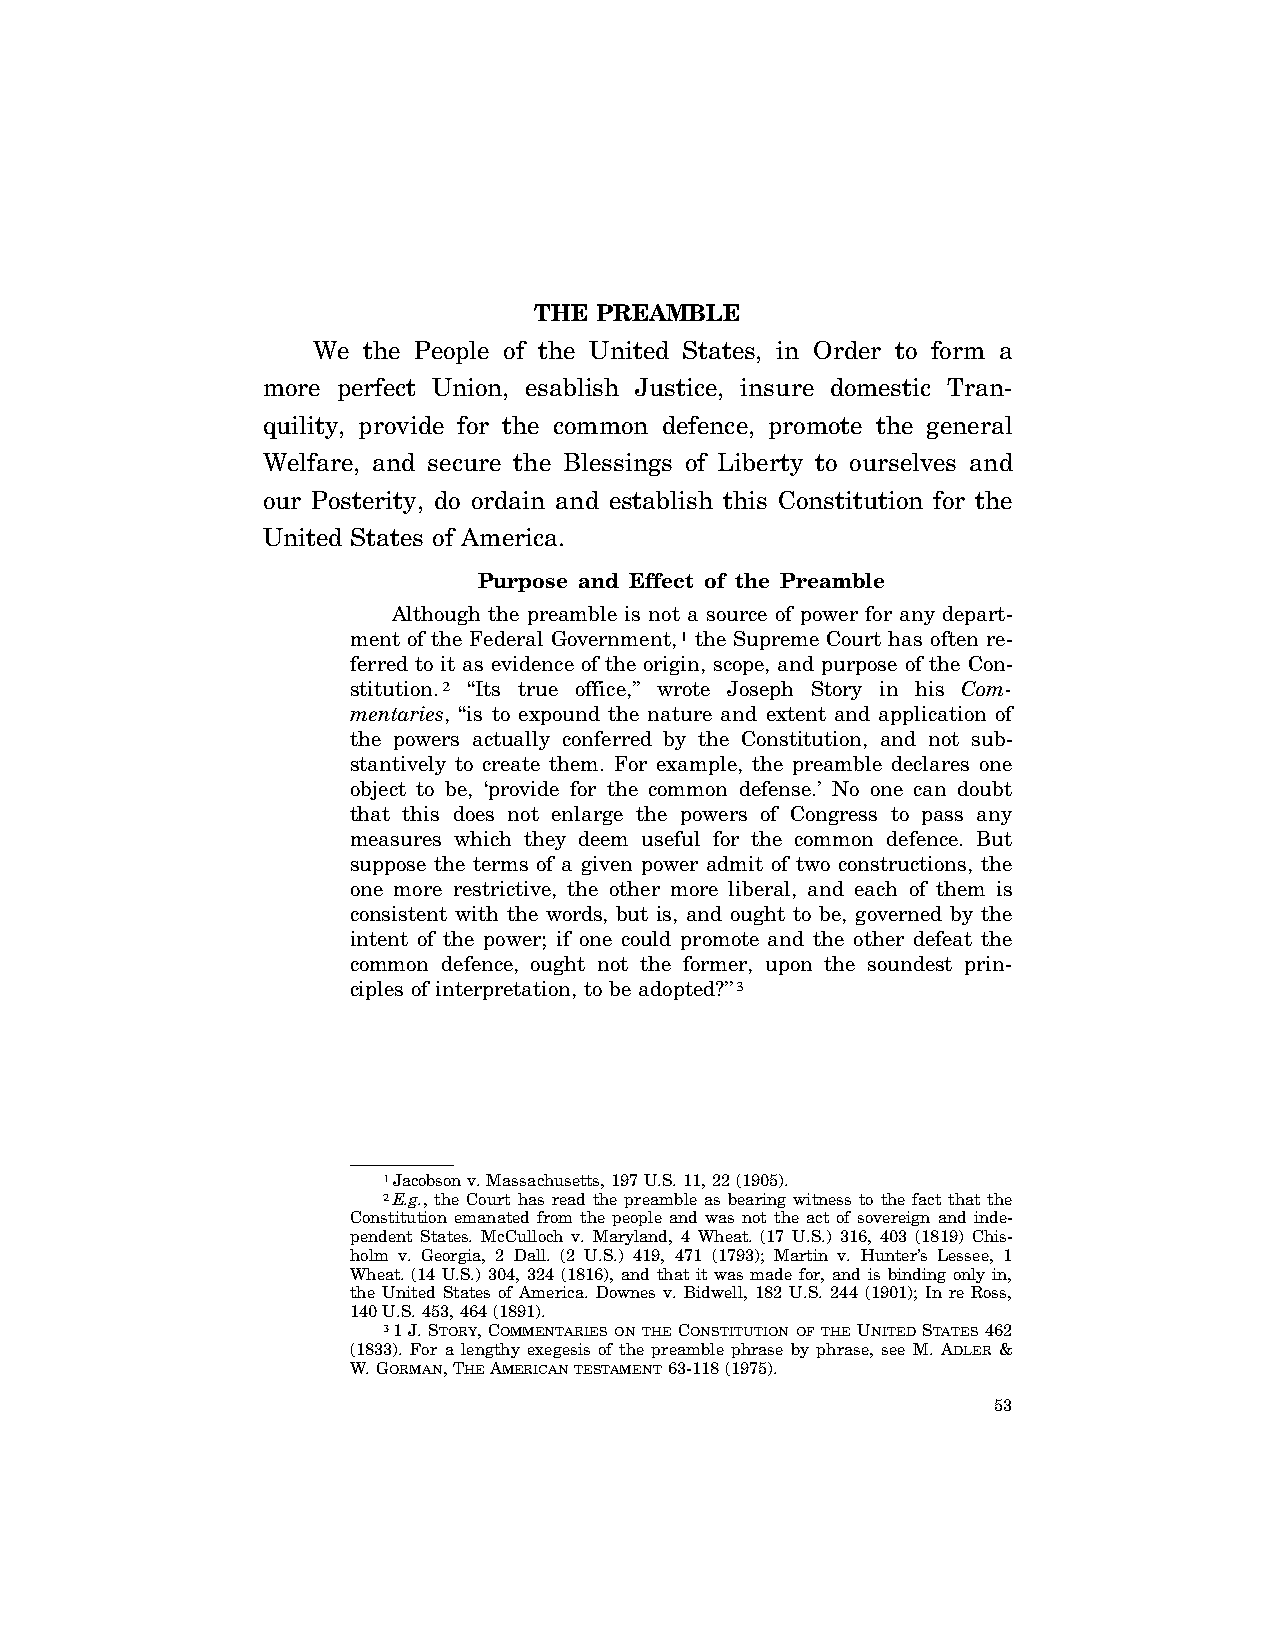
THE PREAMBLE
 We the People of the United States, in Order to form a
 more perfect Union, esablish Justice, insure domestic Tran-
 quility, provide for the common defence, promote the general
 Welfare, and secure the Blessings of Liberty to ourselves and
 our Posterity, do ordain and establish this Constitution for the
 United States of America.
 Purpose and Effect of the Preamble
 Although the preamble is not a source of power for any depart-
 ment of the Federal Government,1 the Supreme Court has often re-
 ferred to it as evidence of the origin, scope, and purpose of the Con-
 stitution.2 ‘‘Its true office,’’ wrote Joseph Story in his Com-
 mentaries, ‘‘is to expound the nature and extent and application of
 the powers actually conferred by the Constitution, and not sub-
 stantively to create them. For example, the preamble declares one
 object to be, ‘provide for the common defense.’ No one can doubt
 that this does not enlarge the powers of Congress to pass any
 measures which they deem useful for the common defence. But
 suppose the terms of a given power admit of two constructions, the
 one more restrictive, the other more liberal, and each of them is
 consistent with the words, but is, and ought to be, governed by the
 intent of the power; if one could promote and the other defeat the
 common defence, ought not the former, upon the soundest prin-
 ciples of interpretation, to be adopted?’’3
 1Jacobson v. Massachusetts, 197 U.S. 11, 22 (1905).
 2E.g., the Court has read the preamble as bearing witness to the fact that the
 Constitution emanated from the people and was not the act of sovereign and inde-
 pendent States. McCulloch v. Maryland, 4 Wheat. (17 U.S.) 316, 403 (1819) Chis-
 holm v. Georgia, 2 Dall. (2 U.S.) 419, 471 (1793); Martin v. Hunter’s Lessee, 1
 Wheat. (14 U.S.) 304, 324 (1816), and that it was made for, and is binding only in,
 the United States of America. Downes v. Bidwell, 182 U.S. 244 (1901); In re Ross,
 140 U.S. 453, 464 (1891).
 31 J. STORY, COMMENTARIES ON THE CONSTITUTION OF THE UNITED STATES 462
 (1833). For a lengthy exegesis of the preamble phrase by phrase, see M. ADLER &
 W. GORMAN, THEAMERICANTESTAMENT63-118 (1975).
 53
 VerDate Apr<14>2004 11:23 Apr 14, 2004 Jkt 077500 PO 00000 Frm 00001 Fmt 8222 Sfmt 8222 C:\CONAN\CON007.SGM PRFM99 PsN: CON007